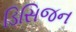
ડિસિજન